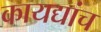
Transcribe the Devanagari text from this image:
कायद्यांच